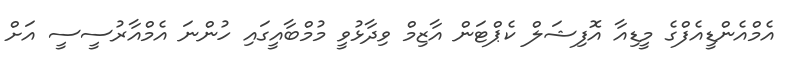
އެމްއެންޑީއެފްގެ މީޑިއާ އޮފިޝަލް ކެޕްޓަން އާޒިމް ވިދާޅުވީ މުމްބާއީގައި ހުންނަ އެމްއާރުސީސީ އަށް